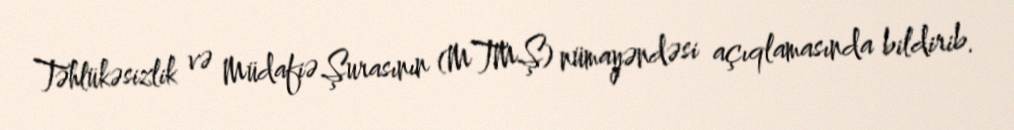
Təhlükəsizlik və Müdafiə Şurasının (MTMŞ) nümayəndəsi açıqlamasında bildirib.